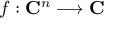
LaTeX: f : \mathbf { C } ^ { n } \longrightarrow \mathbf { C }